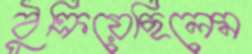
ঠুক্‌রিয়েছিলেম